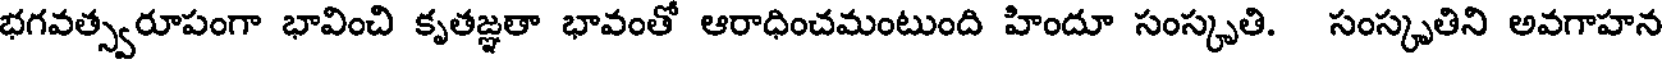
భగవత్స్వరూపంగా భావించి కృతజ్ఞతా భావంతో ఆరాధించమంటుంది హిందూ సంస్కృతి. సంస్కృతిని అవగాహన